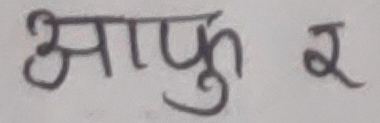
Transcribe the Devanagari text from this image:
आफू र